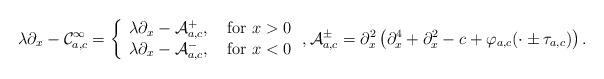
LaTeX: \begin{align*}\lambda\partial_x-\mathcal C_{a,c}^\infty = \left\{ \begin{array}{ll}\lambda\partial_x-\mathcal A_{a,c}^+, & \mbox{ for } x>0\\\lambda\partial_x-\mathcal A_{a,c}^-, & \mbox{ for } x<0\end{array}\right. ,\mathcal A_{a,c}^\pm = \partial_x^2\left(\partial_x^4+\partial_x^2 -c +\varphi_{a,c}(\cdot\pm\tau_{a,c})\right).\end{align*}